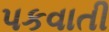
પકવાતી